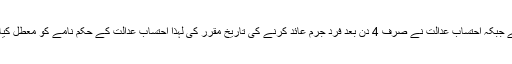
درخواست میں کہا گیا تھا کہ قانون کے مطابق فرد جرم کے لیے 7 دن کا وقت دیا جاتا ہے جبکہ احتساب عدالت نے صرف 4 دن بعد فرد جرم عائد کرنے کی تاریخ مقرر کی لہٰذا احتساب عدالت کے حکم نامے کو معطل کیا جائے کیونکہ 7 دن سے پہلے فرد جرم عائد کرنا آرٹیکل 265 سی کی خلاف ورزی ہے۔